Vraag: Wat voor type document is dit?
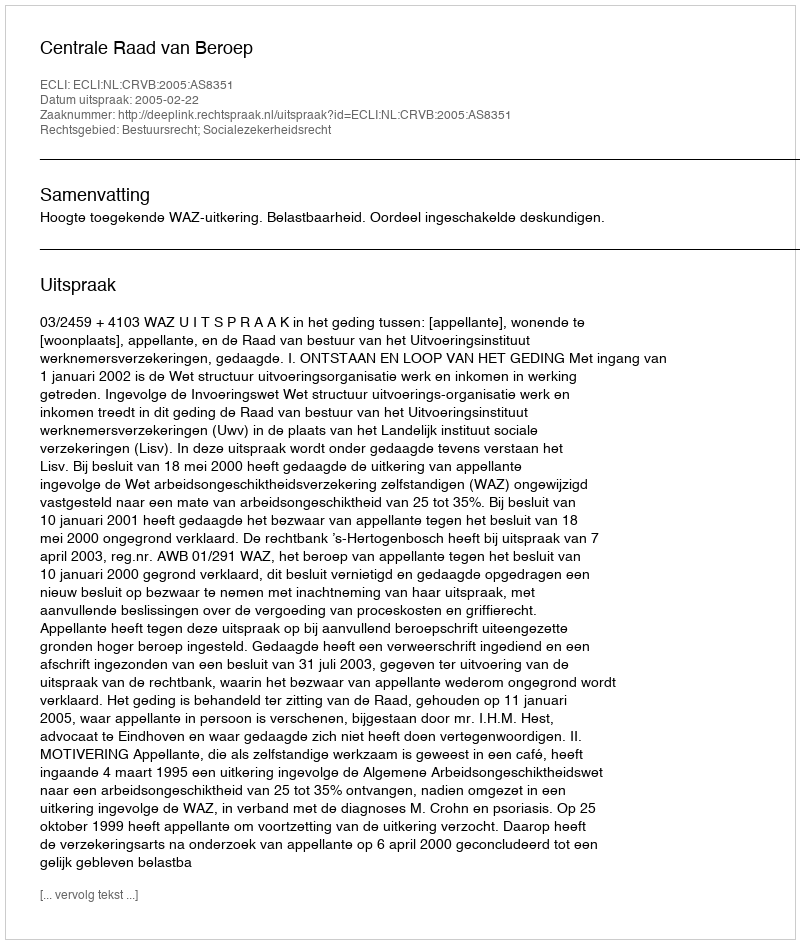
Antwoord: Uitspraak